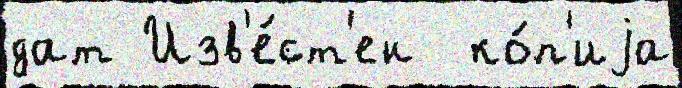
дат Изв'е́ст'ен  ко́п'иjа